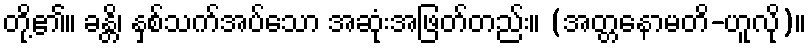
တို့၏။ ခန္တိ၊ နှစ်သက်အပ်သော အဆုံးအဖြတ်တည်း။ (အတ္တနောမတိ-ဟူလို)။